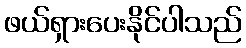
ဖယ်ရှားပေးနိုင်ပါသည်